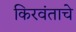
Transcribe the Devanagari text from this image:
किरवंताचे